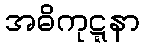
အဓိကုဋ္ဋနာ